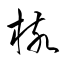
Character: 核